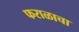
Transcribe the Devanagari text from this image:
फराळाचा